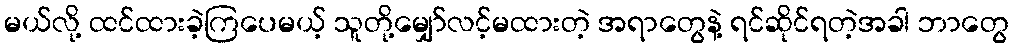
မယ်လို့ ထင်ထားခဲ့ကြပေမယ့် သူတို့မျှော်လင့်မထားတဲ့ အရာတွေနဲ့ ရင်ဆိုင်ရတဲ့အခါ ဘာတွေ